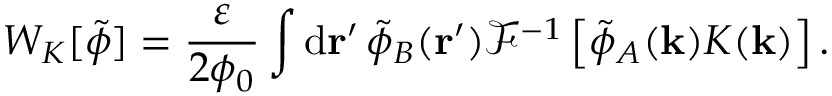
W _ { K } [ \tilde { \phi } ] = \frac { \varepsilon } { 2 \phi _ { 0 } } \int \mathrm { d } \mathbf { r } ^ { \prime } \, \tilde { \phi } _ { B } ( \mathbf { r } ^ { \prime } ) \mathcal { F } ^ { - 1 } \left[ \tilde { \phi } _ { A } ( \mathbf { k } ) K ( \mathbf { k } ) \right] .